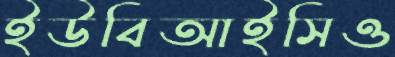
ইউবিআইসিও